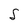
Character: S